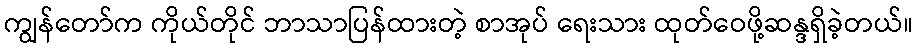
ကျွန်တော်က ကိုယ်တိုင် ဘာသာပြန်ထားတဲ့ စာအုပ် ရေးသား ထုတ်ဝေဖို့ဆန္ဒရှိခဲ့တယ်။